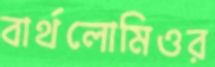
বার্থলোমিওর